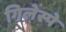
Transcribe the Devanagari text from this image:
गिलेस्पे